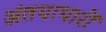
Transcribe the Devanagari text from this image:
अंतयाधारों